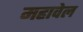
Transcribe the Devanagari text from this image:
महावेल